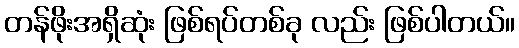
တန်ဖိုးအရှိဆုံး ဖြစ်ရပ်တစ်ခု လည်း ဖြစ်ပါတယ်။